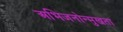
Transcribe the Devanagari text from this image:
अभिजनोन्मुखता